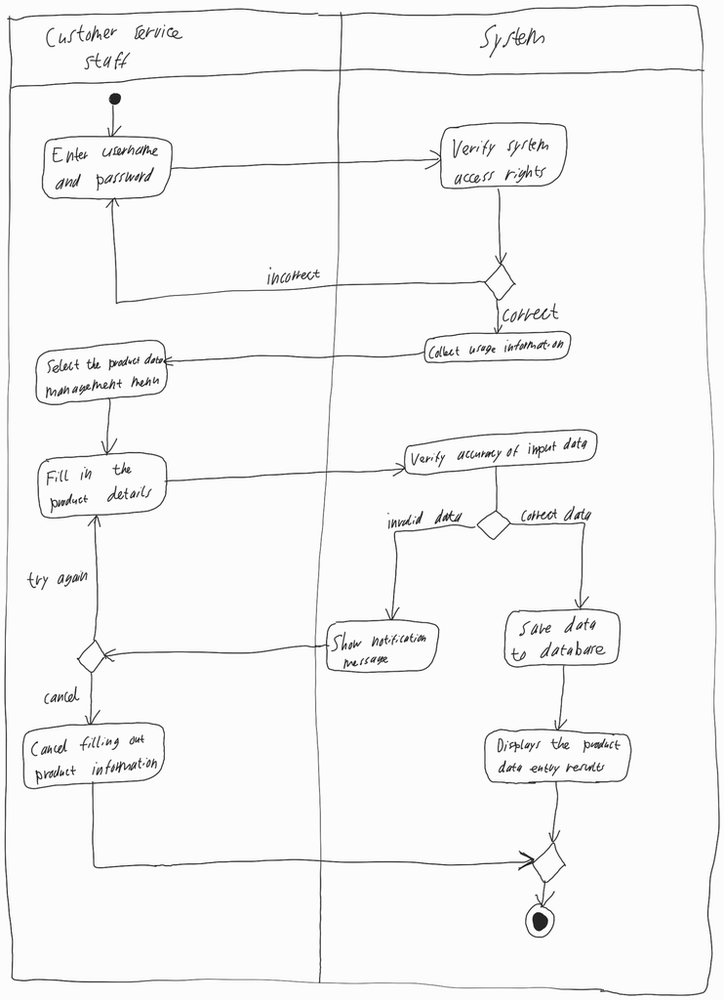
Diagram type: activity_diagram
```plantuml
@startuml

|Customer Service Staff|

start

repeat:Enter username and password;
  |System|
  :Verify system access rights;
repeat while () is (incorrect) not (correct)

:Collect usage information;

|Customer Service Staff|

:Select the product data management menu;

repeat:Fill in the product details;
  |System|
  :Verify accuracy of input data;
  if () then (invalid data)
    :Show notification message;
    |Customer Service Staff|
    if () then (cancel)
      |Customer Service Staff|
      :Cancel filling out product information;
      |System|
      stop
    endif
  else (correct data)
    |System|
    :Save data to database;
    :Displays the product data entry results;
    stop
  endif
|Customer Service Staff|
repeat while () is (try again)

@enduml
```